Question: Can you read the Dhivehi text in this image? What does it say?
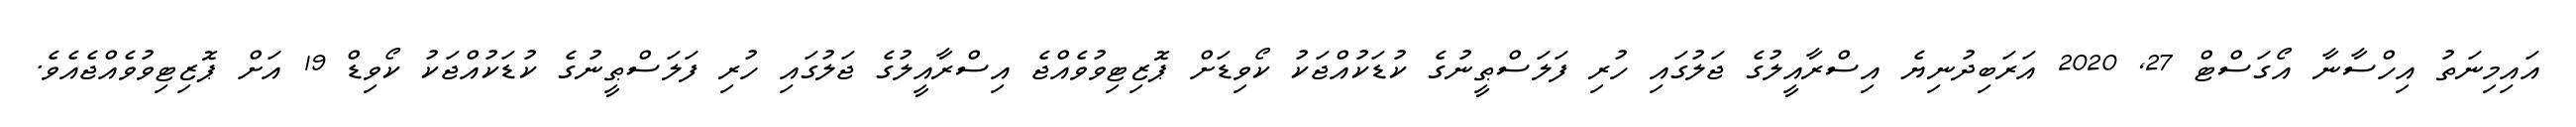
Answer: އައިމިނަތު އިހްސާނާ އޯގަސްޓް 27, 2020 އަރަބިދުނިޔެ އިސްރާއީލުގެ ޖަލުގައި ހުރި ފަލަސްޠީނުގެ ކުޑަކުއްޖަކު ކޯވިޑަށް ޕޮޒިޓިވުވެއްޖެ އިސްރާއީލުގެ ޖަލުގައި ހުރި ފަލަސްޠީނުގެ ކުޑަކުއްޖަކު ކޯވިޑް 19 އަށް ޕޮޒިޓިވުވެއްޖެއެވެ.